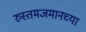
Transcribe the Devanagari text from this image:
रुस्तमजमानच्या